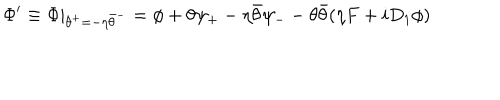
LaTeX: \Phi ^ { \prime } \equiv \Phi | _ { \theta ^ { + } = - \eta \bar { \theta } ^ { - } } = \phi + \theta \psi _ { + } - \eta \bar { \theta } \psi _ { - } - \theta \bar { \theta } ( \eta F + i D _ { 1 } \phi )